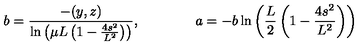
b = \frac { - ( y , z ) } { \ln \left( \mu L \left( 1 - \frac { 4 s ^ { 2 } } { L ^ { 2 } } \right) \right) } , \qquad \qquad a = - b \ln \left( \frac { L } { 2 } \left( 1 - \frac { 4 s ^ { 2 } } { L ^ { 2 } } \right) \right)